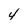
Character: 4